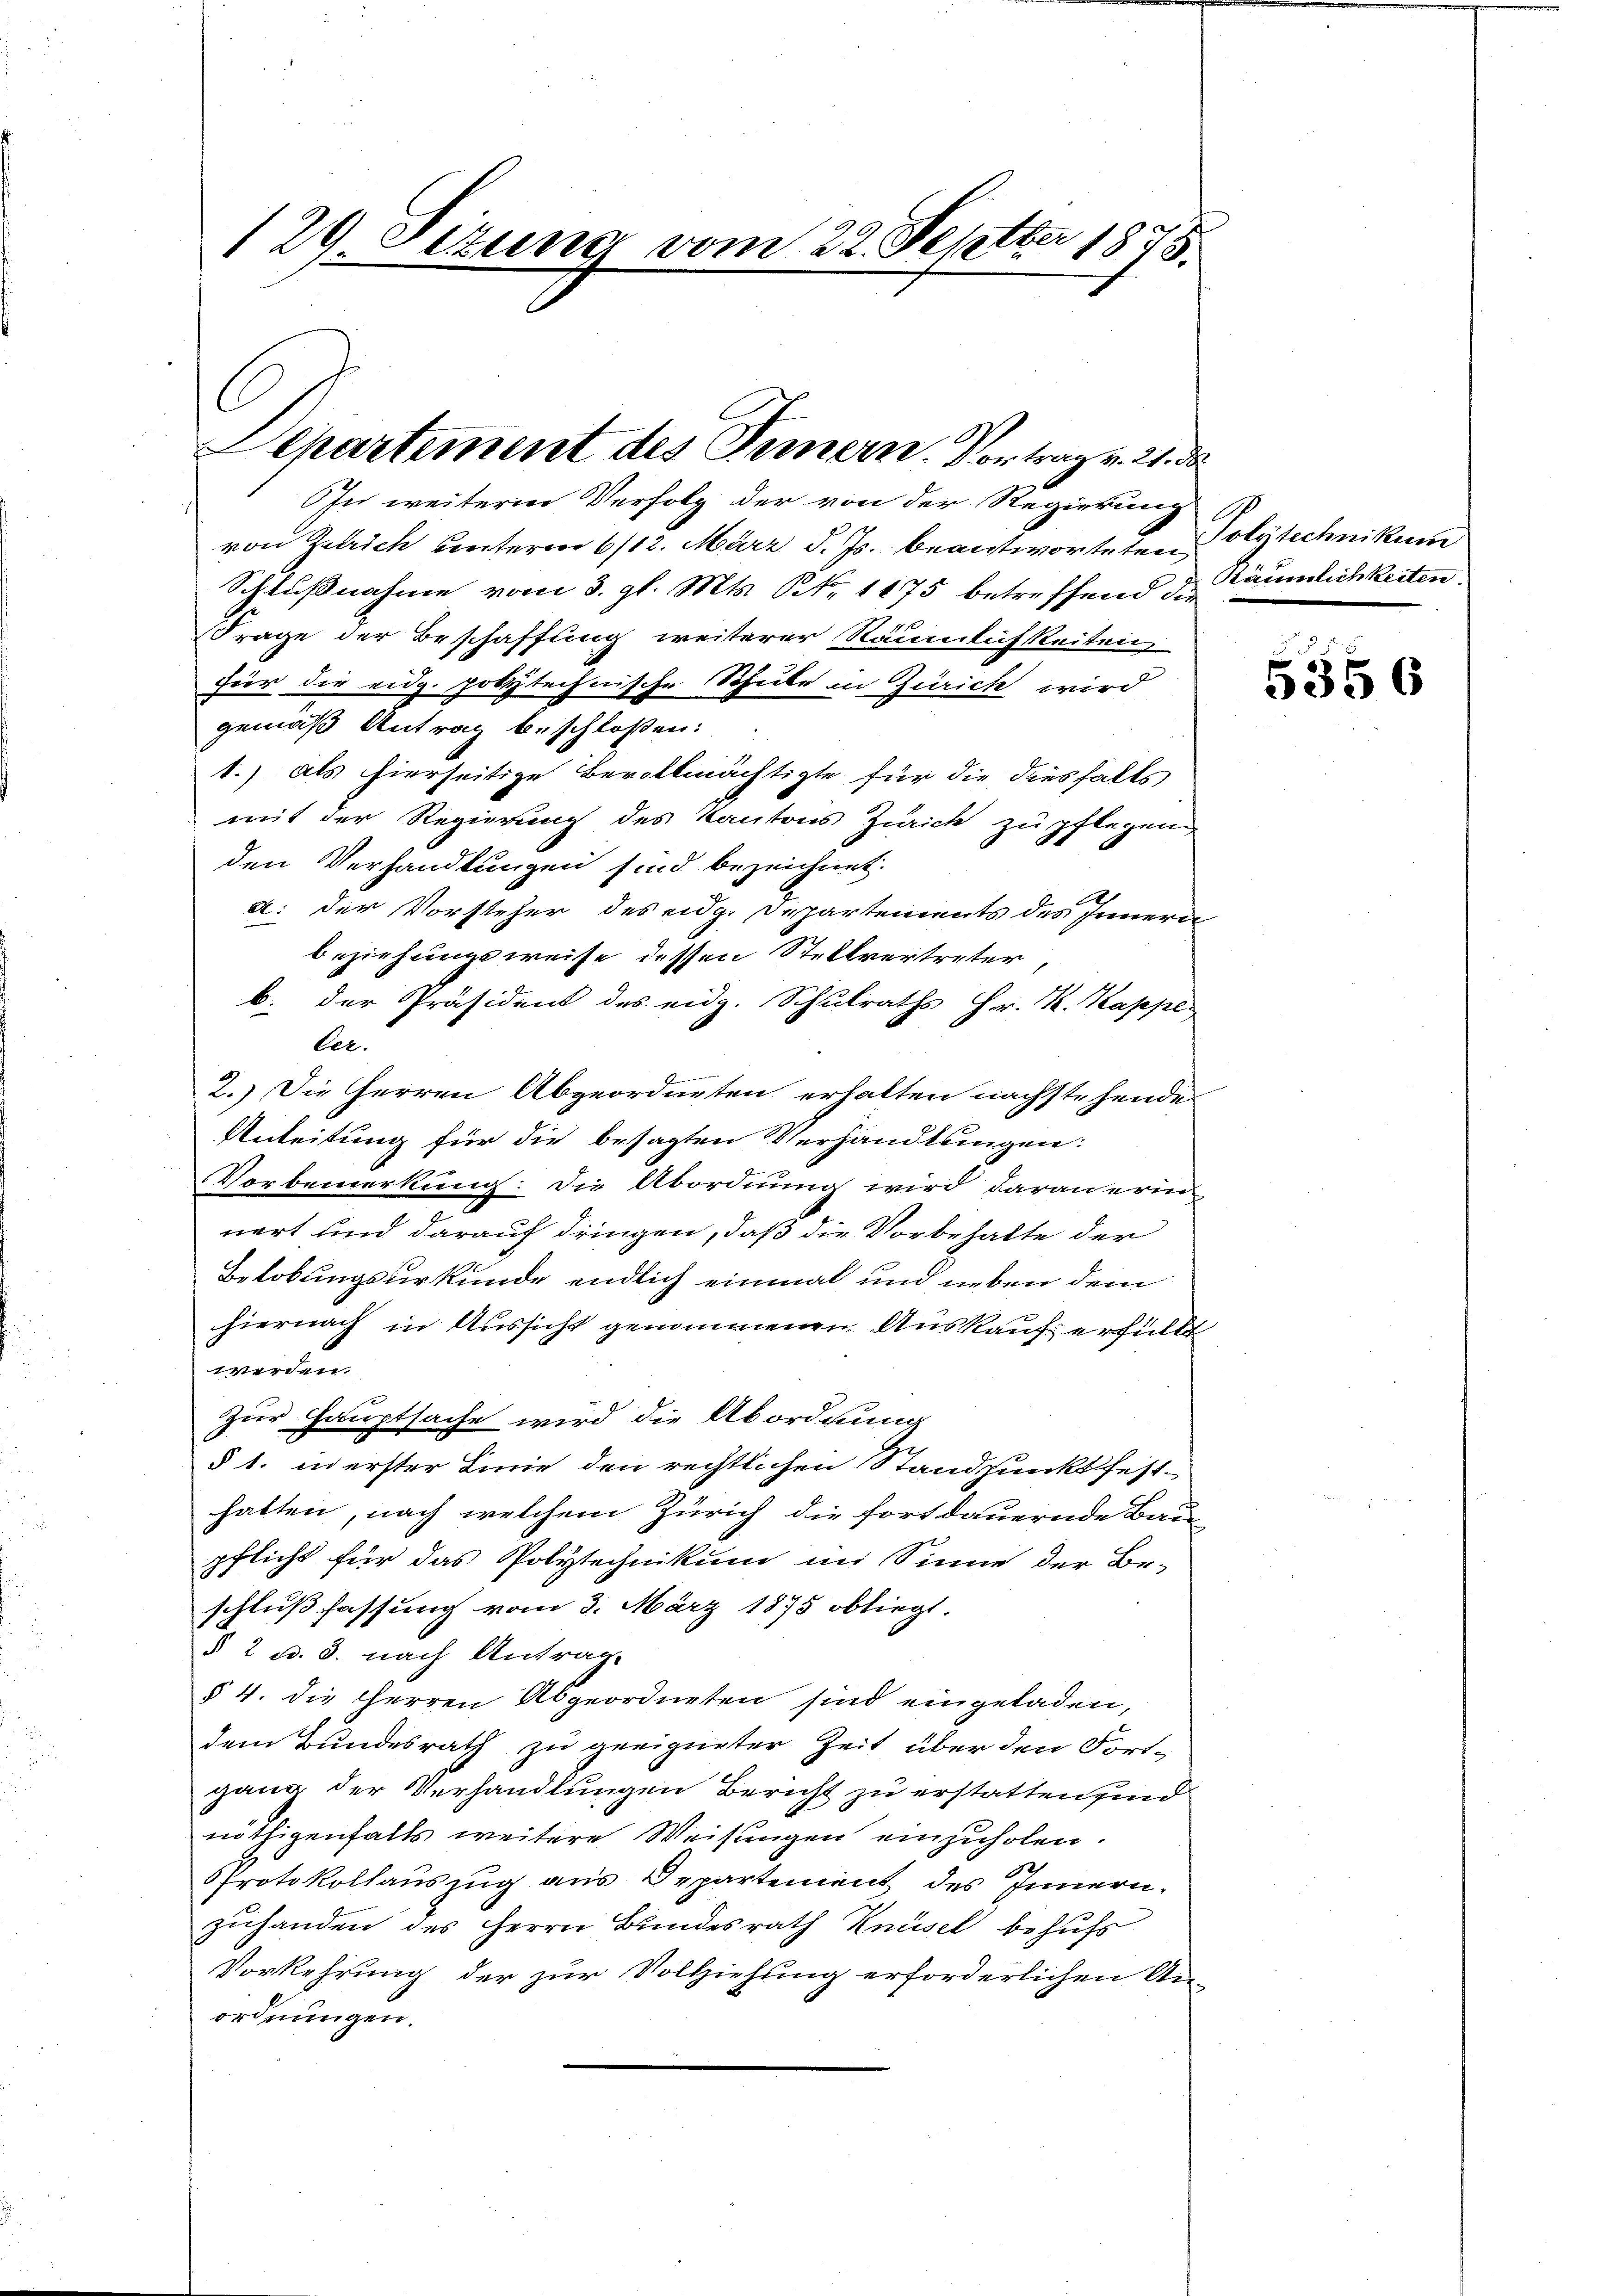
129 Sizung vom 22. Septbr 1878.

n weiterne Verfolg der von der Regierung
von Zürich unterm 6/12. März d. Js. beantworteten Polytechnikum
Schlußnahme vom 3. gl. Mts. NNo. 1875 betreffend & Bäumlichkeiten.
Frage der Beschaffung weiterer Räumlichkeiten
Für die eidg. polytechnische Schule in Zürich wird
gemäß Antrag beschloßen:
1.) als hierseitige Bevollmächtigte für die dieshalts
mit der Regierung des Kantons Zürich zu pflegen
den Verhandlungen sind bezeichnet.
.
a. der Vorsteher des eidg. Departements des Innern
beziehungsweise dessen Stellvertreter,
b. der Präsident des eidg. Schulraths Hr. K. Kappe
ler.
2.) Die Herren Abgeordneten erhalten nachstehende
Anleitung für die besagten Verhandlungen:
Vorbemerkung: Die Abordnung wird daranerin
nert und darauf dringen, daß die Vorbehalte der
Belobungsurkunde endlich einmal und neben dem
hiernach in Aussicht genommenen Auskauf erfüllt
werden.
zur Hauptsache wird die Abordnung
§ 1. in erster Linie den rechtlichen Standpunkt festhatten, nach welchem Zürich die fortdauernde Bau-
pflicht für das Polytechnikum im Sinne der Be-
schlußfassung vom 3. März 1875 obliegt.
§ 2 u. 3. nach Antrag.
§ 4. die Herren Abgeordneten sind eingeladen,
dem Bundesrath zu geeigneter Zeit über den Fort-
gang der Verhandlungen Bericht zu erstatten sind
nöthigenfalls weitere Weisungen einzuholen.
Protokollauszug aus Departement des Innern,
zuhanden des Herrn Bundesrath Knüsel behufs
Vorkehrung der zur Vollziehung erforderlichen An-
ordnungen.

Separtement des Innern. Vortrag v. 21. ds.

s
5356